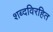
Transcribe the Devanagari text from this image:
शब्दविरहित